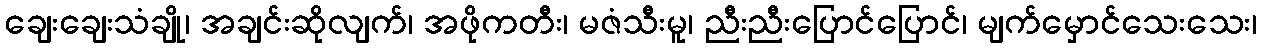
ချေးချေးသံချို၊ အချင်းဆိုလျက်၊ အဖိုကတီး၊ မဇံသီးမူ၊ ညီးညီးပြောင်ပြောင်၊ မျက်မှောင်သေးသေး၊